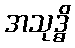
အသုဒ္ဓိ